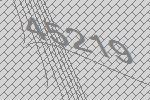
45219